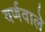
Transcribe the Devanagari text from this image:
वर्णवाले